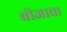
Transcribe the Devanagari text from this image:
बीजाचा